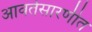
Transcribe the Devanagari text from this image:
आवर्तसारणीत